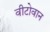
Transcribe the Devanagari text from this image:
वीटोवान